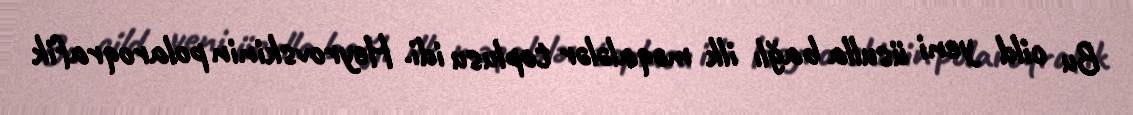
Bu cild yeni üsulla bağlı ilk məqalələr toplusu idi. Heyrovskinin polaroqrafik